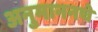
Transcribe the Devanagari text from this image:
अनुमाननचे